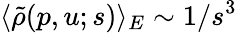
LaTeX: \langle\tilde{\rho}(p,u;s)\rangle_{E}\sim 1/s^{3}